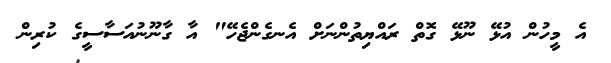
އެ މީހުން އުޅޭ ނޫޅޭ ގޮތް ރައްޔިތުންނަށް އެނގެންޖެހޭ" އާ ގާނޫނުއަސާސީގެ ކުރިން